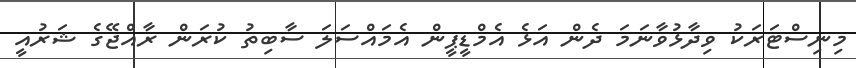
މިނިސްޓަރަކު ވިދާޅުވާނަމަ ދެން އަޅެ އެމްޑީޕީން އެމައްސަލަ ސާބިތު ކުރަން ރާއްޖޭގެ ޝަރުއީ